Annual report on the Civil Veterinary Department, Burma (including the Insein Veterinary School) - 1910-1922
Year: 1910
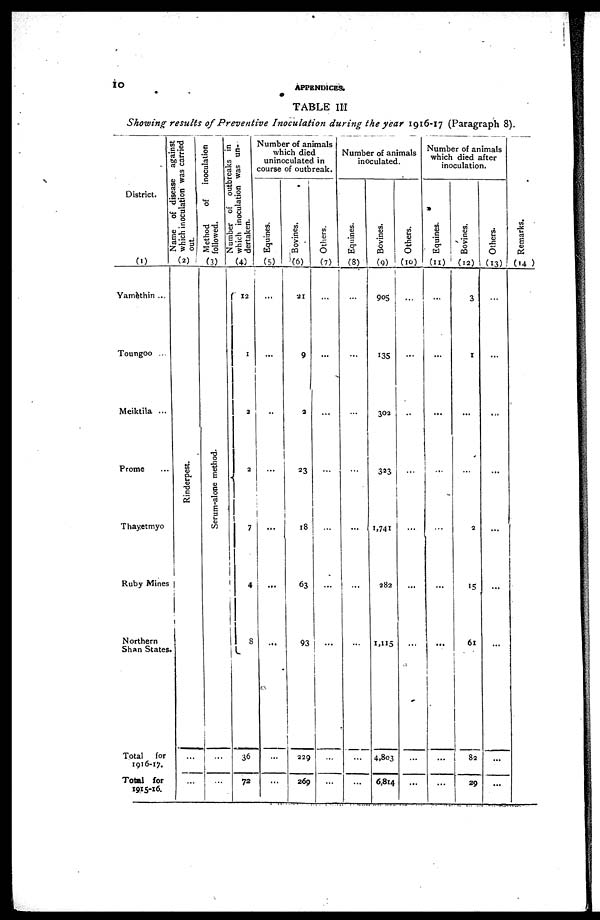
10
APPENDICES.
TABLE III
Showing results of Preventive Inoculation during the year 1916-17 (Paragraph 8).
District.
(1)
Yamethin ...
Toungoo ...
Meiktila ...
Prome ...
Thayetmyo
Ruby Mine
Northern
Shan State
Total for
1916-17.
Total for
1915-16.
Name of disease against
which inoculation was carried
out
(2)
Rinderpest.
...
...
Method of
inoculation
followed.
(3)
Serum-alone method.
...
...
Number of outbreaks in
which inoculation was un-
dertaken.
(4)
12
...
2
3
7
4
8
36
72
Number of animals
which died
uninoculated in
course of outbreak.
Equines.
(5)
...
...
..
...
...
...
...
...
...
Bovines.
(6)
21
9
2
23
18
63
93
329
269
Others.
(7)
...
...
...
...
...
...
...
...
...
Number of animals
inoculated.
Equines.
(8)
...
...
...
...
...
...
...
...
...
Bovines.
(9)
905
135
303
323
1,741
382
1,115
4,803
6,814
Others.
(10)
...
...
...
...
...
...
...
...
...
Number of animals
which died after
inoculation.
Equines.
(11)
...
...
...
...
...
...
...
...
Bovines.
(12)
3
1
...
...
3
15
61
82
29
Others.
(13)
...
...
...
...
...
...
...
...
...
Remarks.
(14)